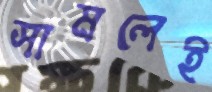
সামলেই